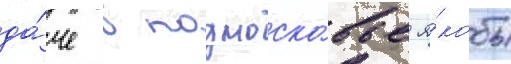
да́че в подмоско́вье я́кобы